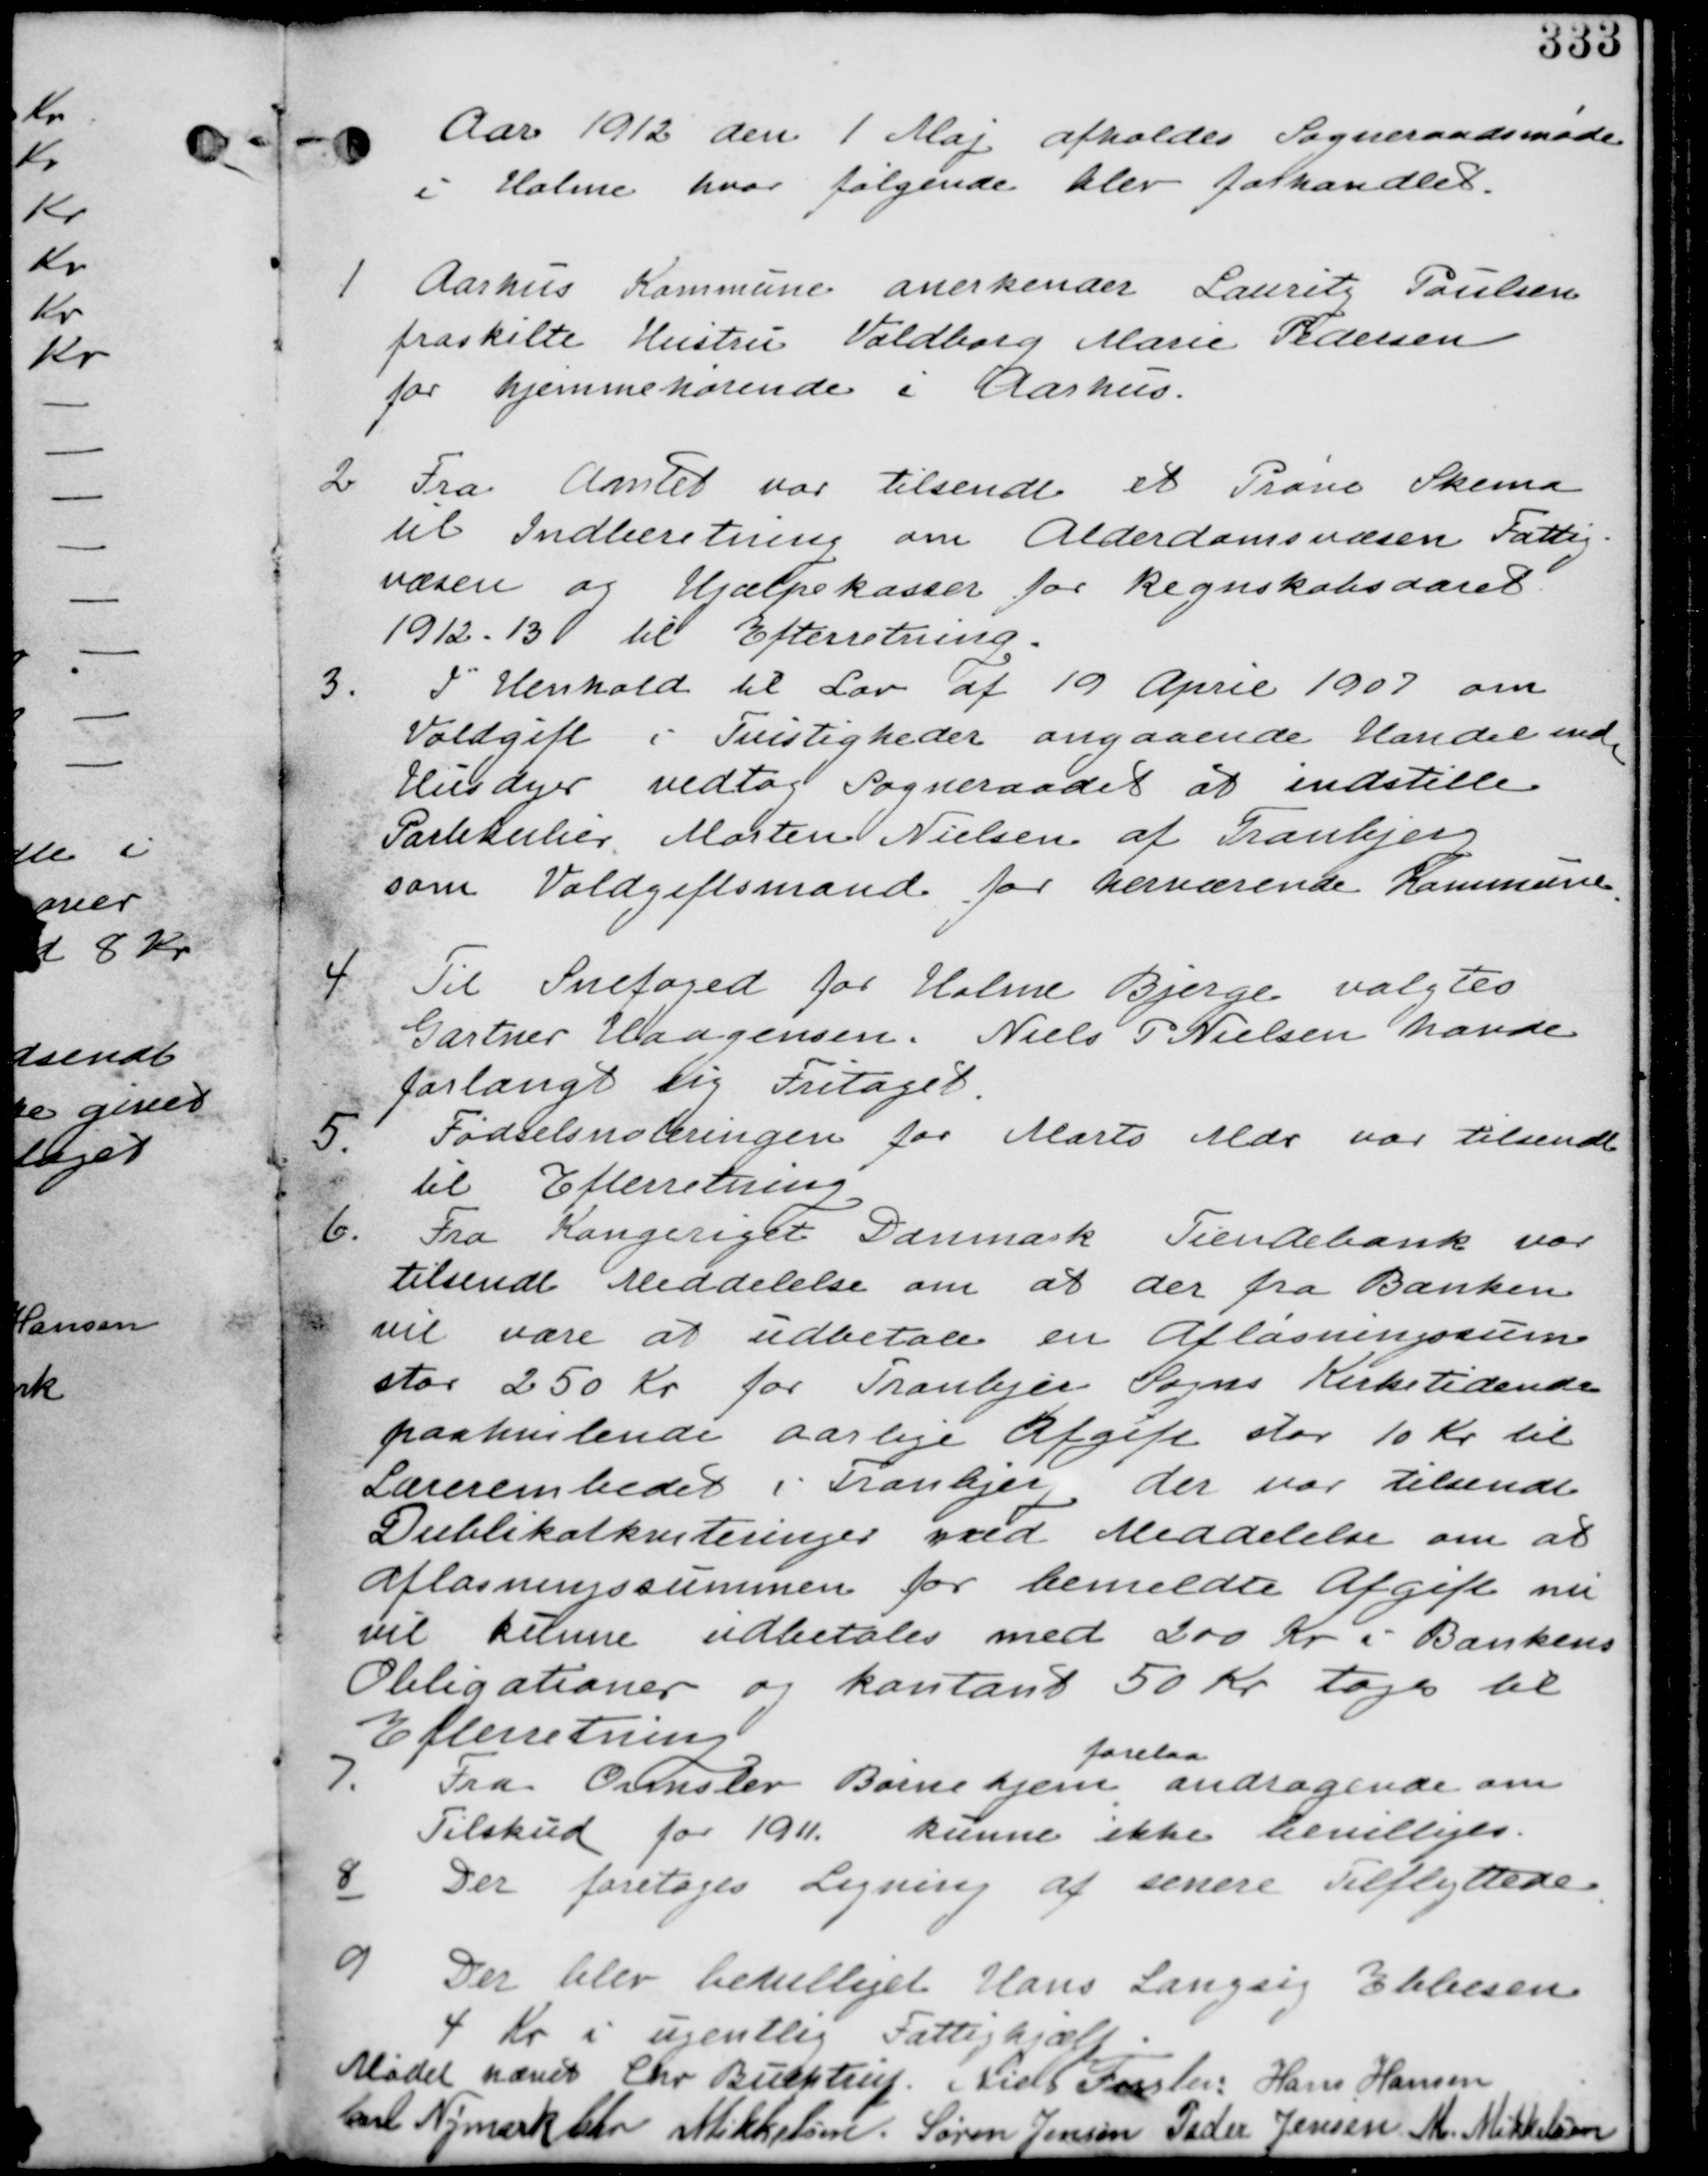
Transskription:
Aar 1912 den 1. Maj afholdes Sogneraadsmøde
i Holme hvor følgende blev forhandlet.

1. Aarhus Kommune anerkender Laurits Paulsen
fraskilte Hustru Valdborg Marie Pedersen
for Hjemmehørende i Aarhus.

2. Fra Amtet var tilsendt et Prøve Skema
til Indberetning om Alderdomsvæsen Fattig-
væsen og Hjælpekasser for Regnskabsaaret
1912-13 til Efterretning.

3. I henhold til Lov af 19. April 1907 om
Voldgift i Tvistigheder angaaende Handel med
Husdyr vedtog Sogneraadet at indstille
Partikulier Morten Nielsen af Tranbjerg
som Voldgiftsmand for herværende Kommune.

4. Til Snefoged for Holme Bjerge valgtes
Gartner Haagensen. Niels P Nielsen havde
forlangt sig fritaget.

5.
Fødselsnoteringen for Marts Mdr var tilsendt
til efterretning

6. Fra Kongeriget Danmark Tiendebank var
tilsendt Meddelse om at der fra Banken
vil være at udbetale en Afløsningssum
stor 250 Kr for Tranbjerg Sogns Kirketidende
paahvilende aarlige Afgift stor 10 Kr til
Lærerembedet i Tranbjerg der var tilsendt
Dublikatkviteringer med Meddelelse om at
afløsningssummen for bemeldte Afgift nu
vil kunne udbetales med 200 Kr i Bankens
Obligationer og kontant 50 Kr taget til
Efterretning.

7. Fra Ormslev Børnehjem
forelaa
andragende om
Tilskud for 1911. kunne ikke bevilliges.

8. Der foretages Ligning af senere Tilflyttere.

9.
Der blev bevilliget Hans Langsig Ebbesen
4 Kr i ugentlig Fattighjælp.

Mødet hævet. Chr Buchtrup Niels Frislev Hans Hansen
Carl Nymark Chr Mikkelsen Søren Jensen Peder Jensen M. Mikkelsen